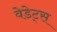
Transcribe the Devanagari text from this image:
वेडेट्स